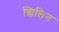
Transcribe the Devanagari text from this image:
ख़िलिन